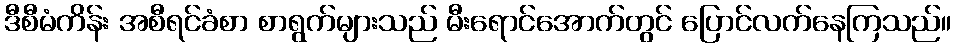
ဒီစီမံကိန်း အစီရင်ခံစာ စာရွက်များသည် မီးရောင်အောက်တွင် ပြောင်လက်နေကြသည်။